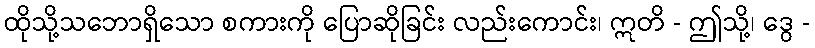
ထိုသို့သဘောရှိသော စကားကို ပြောဆိုခြင်း လည်းကောင်း၊ ဣတိ - ဤသို့၊ ဒွေ -